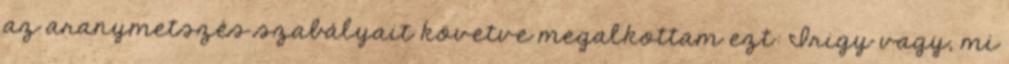
az aranymetszés szabályait követve megalkottam ezt: Irigy vagy, mi